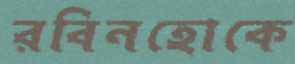
রবিনহোকে